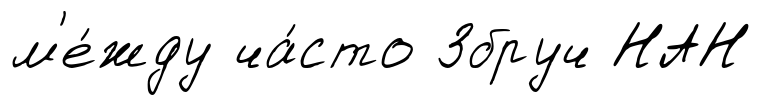
м'е́жду ча́сто Збруч НАН